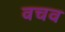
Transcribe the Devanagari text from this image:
वचव